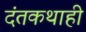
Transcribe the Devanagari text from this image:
दंतकथाही